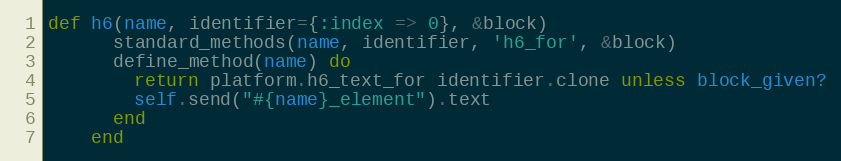
Language: Ruby
def h6(name, identifier={:index => 0}, &block)
      standard_methods(name, identifier, 'h6_for', &block)
      define_method(name) do
        return platform.h6_text_for identifier.clone unless block_given?
        self.send("#{name}_element").text
      end
    end